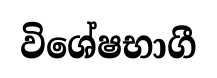
විශේෂභාගී